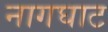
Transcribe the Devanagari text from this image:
नागघाट